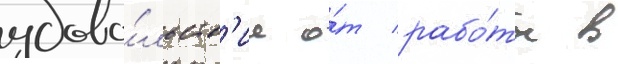
удово́льств'ие о́т рабо́ты в